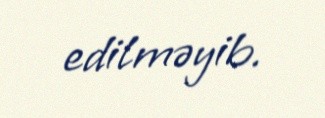
edilməyib.